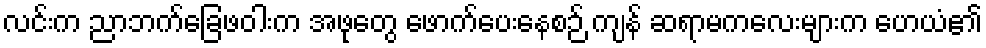
လင်းက ညာဘက်ခြေဖဝါးက အဖုတွေ ဖောက်ပေးနေစဉ် ကျန် ဆရာမကလေးများက ဟေယံ၏